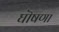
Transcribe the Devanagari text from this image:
घॊषणा